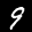
Label: 9